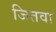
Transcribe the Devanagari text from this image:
जितवा